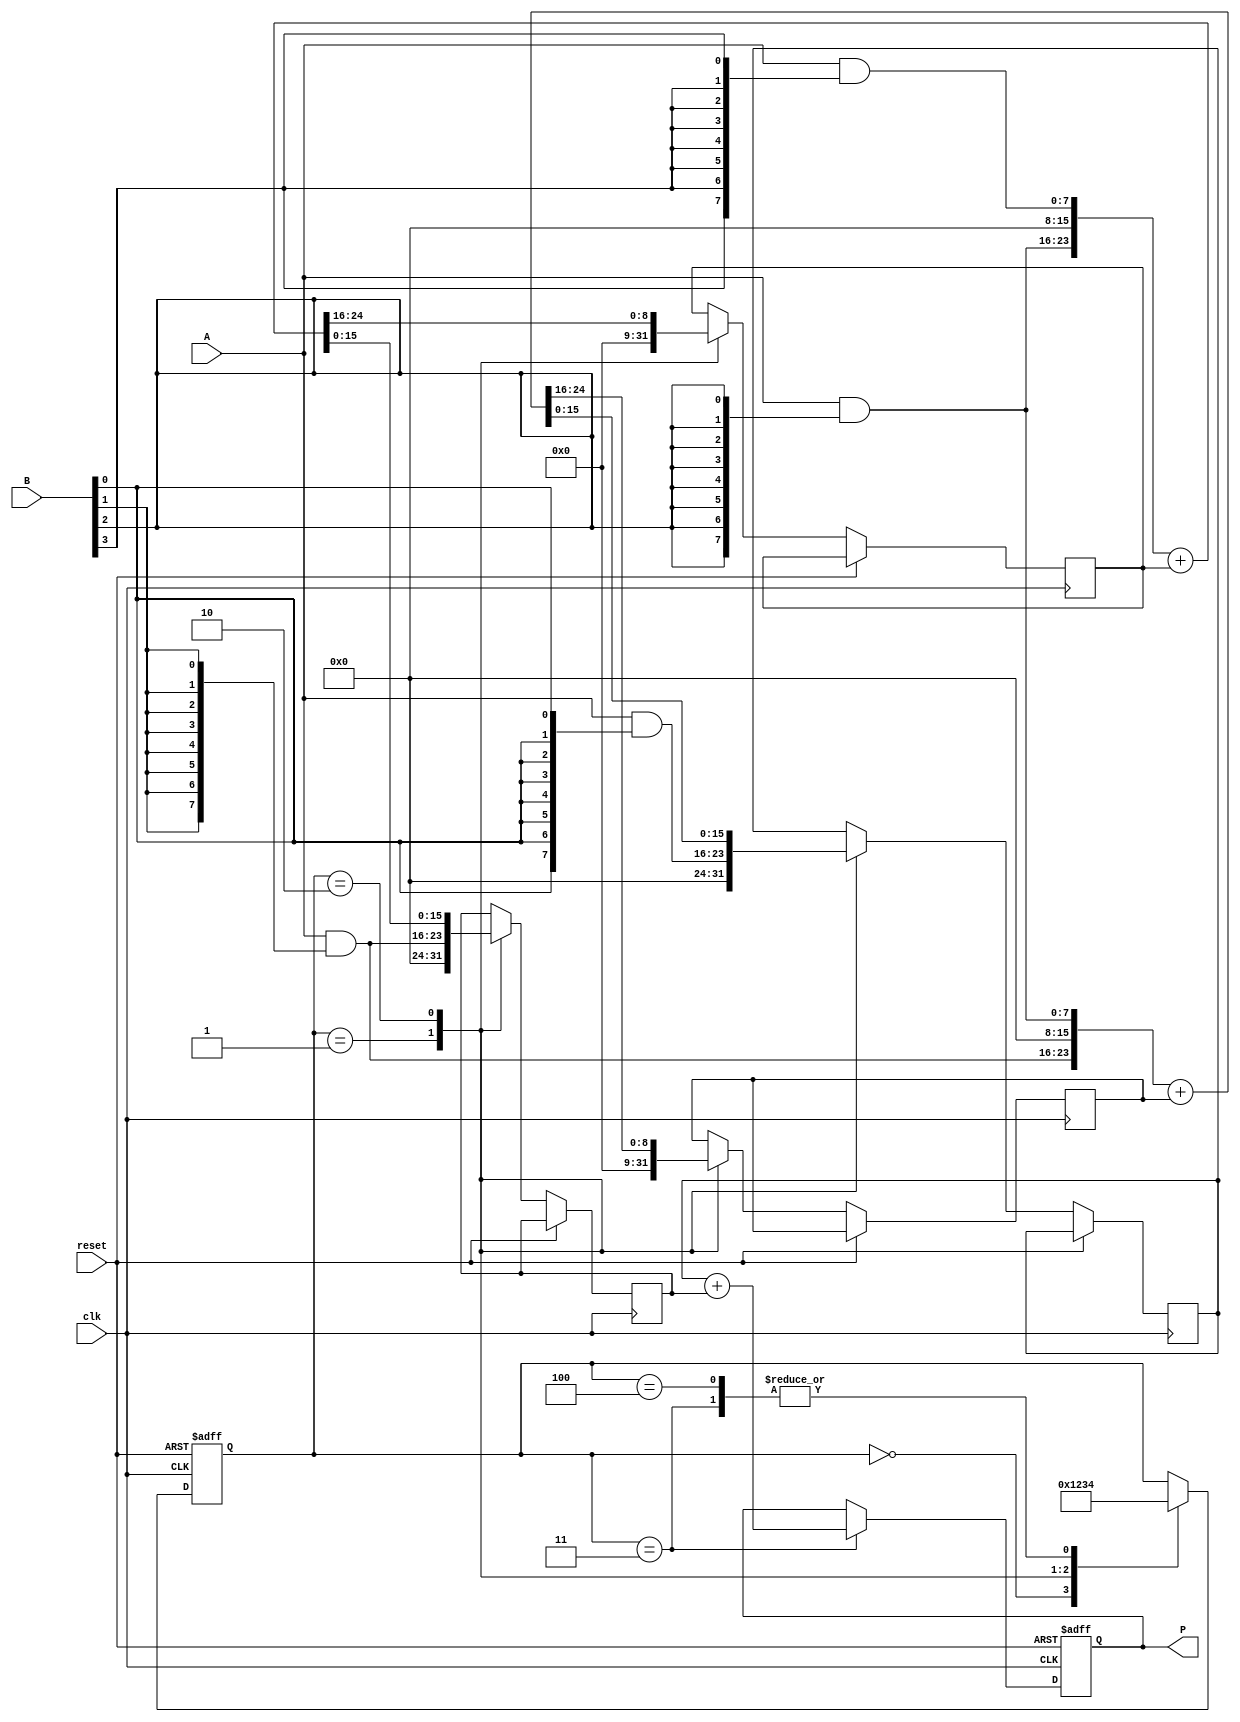
module WallaceTreeMultiplier #(parameter M = 8, N = 8) (
    input wire [M-1:0] A,     // Fixed-point multiplicand
    input wire [N-1:0] B,     // Fixed-point multiplier
    input wire clk,           // Clock signal
    input wire reset,         // Asynchronous reset signal
    output reg [M+N-1:0] P    // Fixed-point product
);

    // Intermediate wires/regs
    reg [M+N-1:0] pp [0:N-1]; // Partial Products storage
    reg [M+N-1:0] sum [0:M+N-1]; // Partial sums for Wallace tree
    reg [M+N-1:0] carry [0:M+N-1]; // Carries for Wallace tree
    
    integer i, j;
    
    // Generate partial products
    always @(*) begin
        for (i = 0; i < N; i = i + 1) begin
            pp[i] = A & {M{B[i]}};
        end
    end

    // Wallace Tree Reduction Logic
    reg [3:0] state; // Simple state register
    localparam IDLE = 4'b0000, PPG = 4'b0001, REDUCE = 4'b0010, ADD_FINAL = 4'b0011, DONE = 4'b0100;

    always @(posedge clk or posedge reset) begin
        if (reset) begin
            P <= 0;
            state <= IDLE;
        end else begin
            case (state)
                IDLE: begin
                    state <= PPG;
                end
                PPG: begin
                    // Initialize sum and carry, start from the first partial product
                    for (j = 0; j < N; j = j + 1) begin
                        sum[j] = pp[j]; // Start summing the partial products
                        carry[j] = 0; // Initialize carries to zero
                    end
                    state <= REDUCE;
                end
                
                REDUCE: begin
                    // Reduce using Wallace Tree logic (3 to 2 bit reduction logic)
                    for (j = 0; j < (M + N + (N - 1) / 2); j = j + 1) begin
                        // For demonstration, let's assume we are combining three bits
                        // Handle the reduction of 3 inputs to 2 outputs
                        // This requires additional handling
                        // Here we check for j+1 and j+2 and calculate sums and carries
                        if (j < N - 1) begin
                            {carry[j], sum[j]} = {pp[j], pp[j+1], pp[j+2]} + carry[j];  // Add partial products
                        end
                    end
                    state <= ADD_FINAL;
                end
                
                ADD_FINAL: begin
                    // Final reduction of the last two rows using a ripple carry adder or similar
                    // Here we use a simple addition for demonstration purposes
                    P <= sum[0] + sum[1]; // Final addition; you may need to publish the proper carry from the last
                    state <= DONE;
                end
                
                DONE: begin
                    // Finished; stay here
                    state <= DONE;
                end
            endcase
        end
    end

endmodule